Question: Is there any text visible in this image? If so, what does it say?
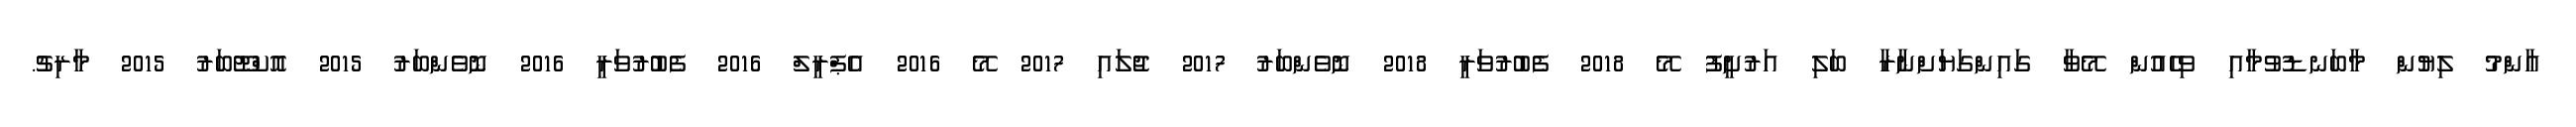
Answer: ޢާންމު ލިޔުން މާބަނޑުވުމާއި ވިހެއުން މޭވާ ގައިންގަޔަށްނާރާ ބަލި އަރުށީފު މޭ 2018 ފެބުރުވަރީ 2018 ނޮވެންބަރު 2017 ޖުލައި 2017 މޭ 2016 އެޕްރީލް 2016 ފެބުރުވަރީ 2016 ނޮވެންބަރު 2015 އޮކްޓޫބަރު 2015 މާރިޗު.